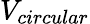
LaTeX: V_{circular}